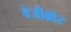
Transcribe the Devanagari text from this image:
वेजीब्रोर